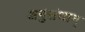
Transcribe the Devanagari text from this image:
अनुसंधान्